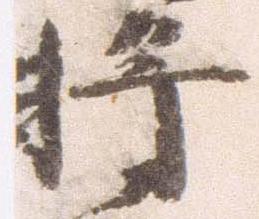
将